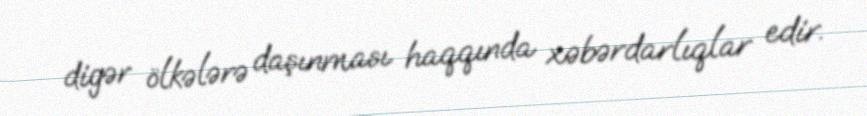
digər ölkələrə daşınması haqqında xəbərdarlıqlar edir.